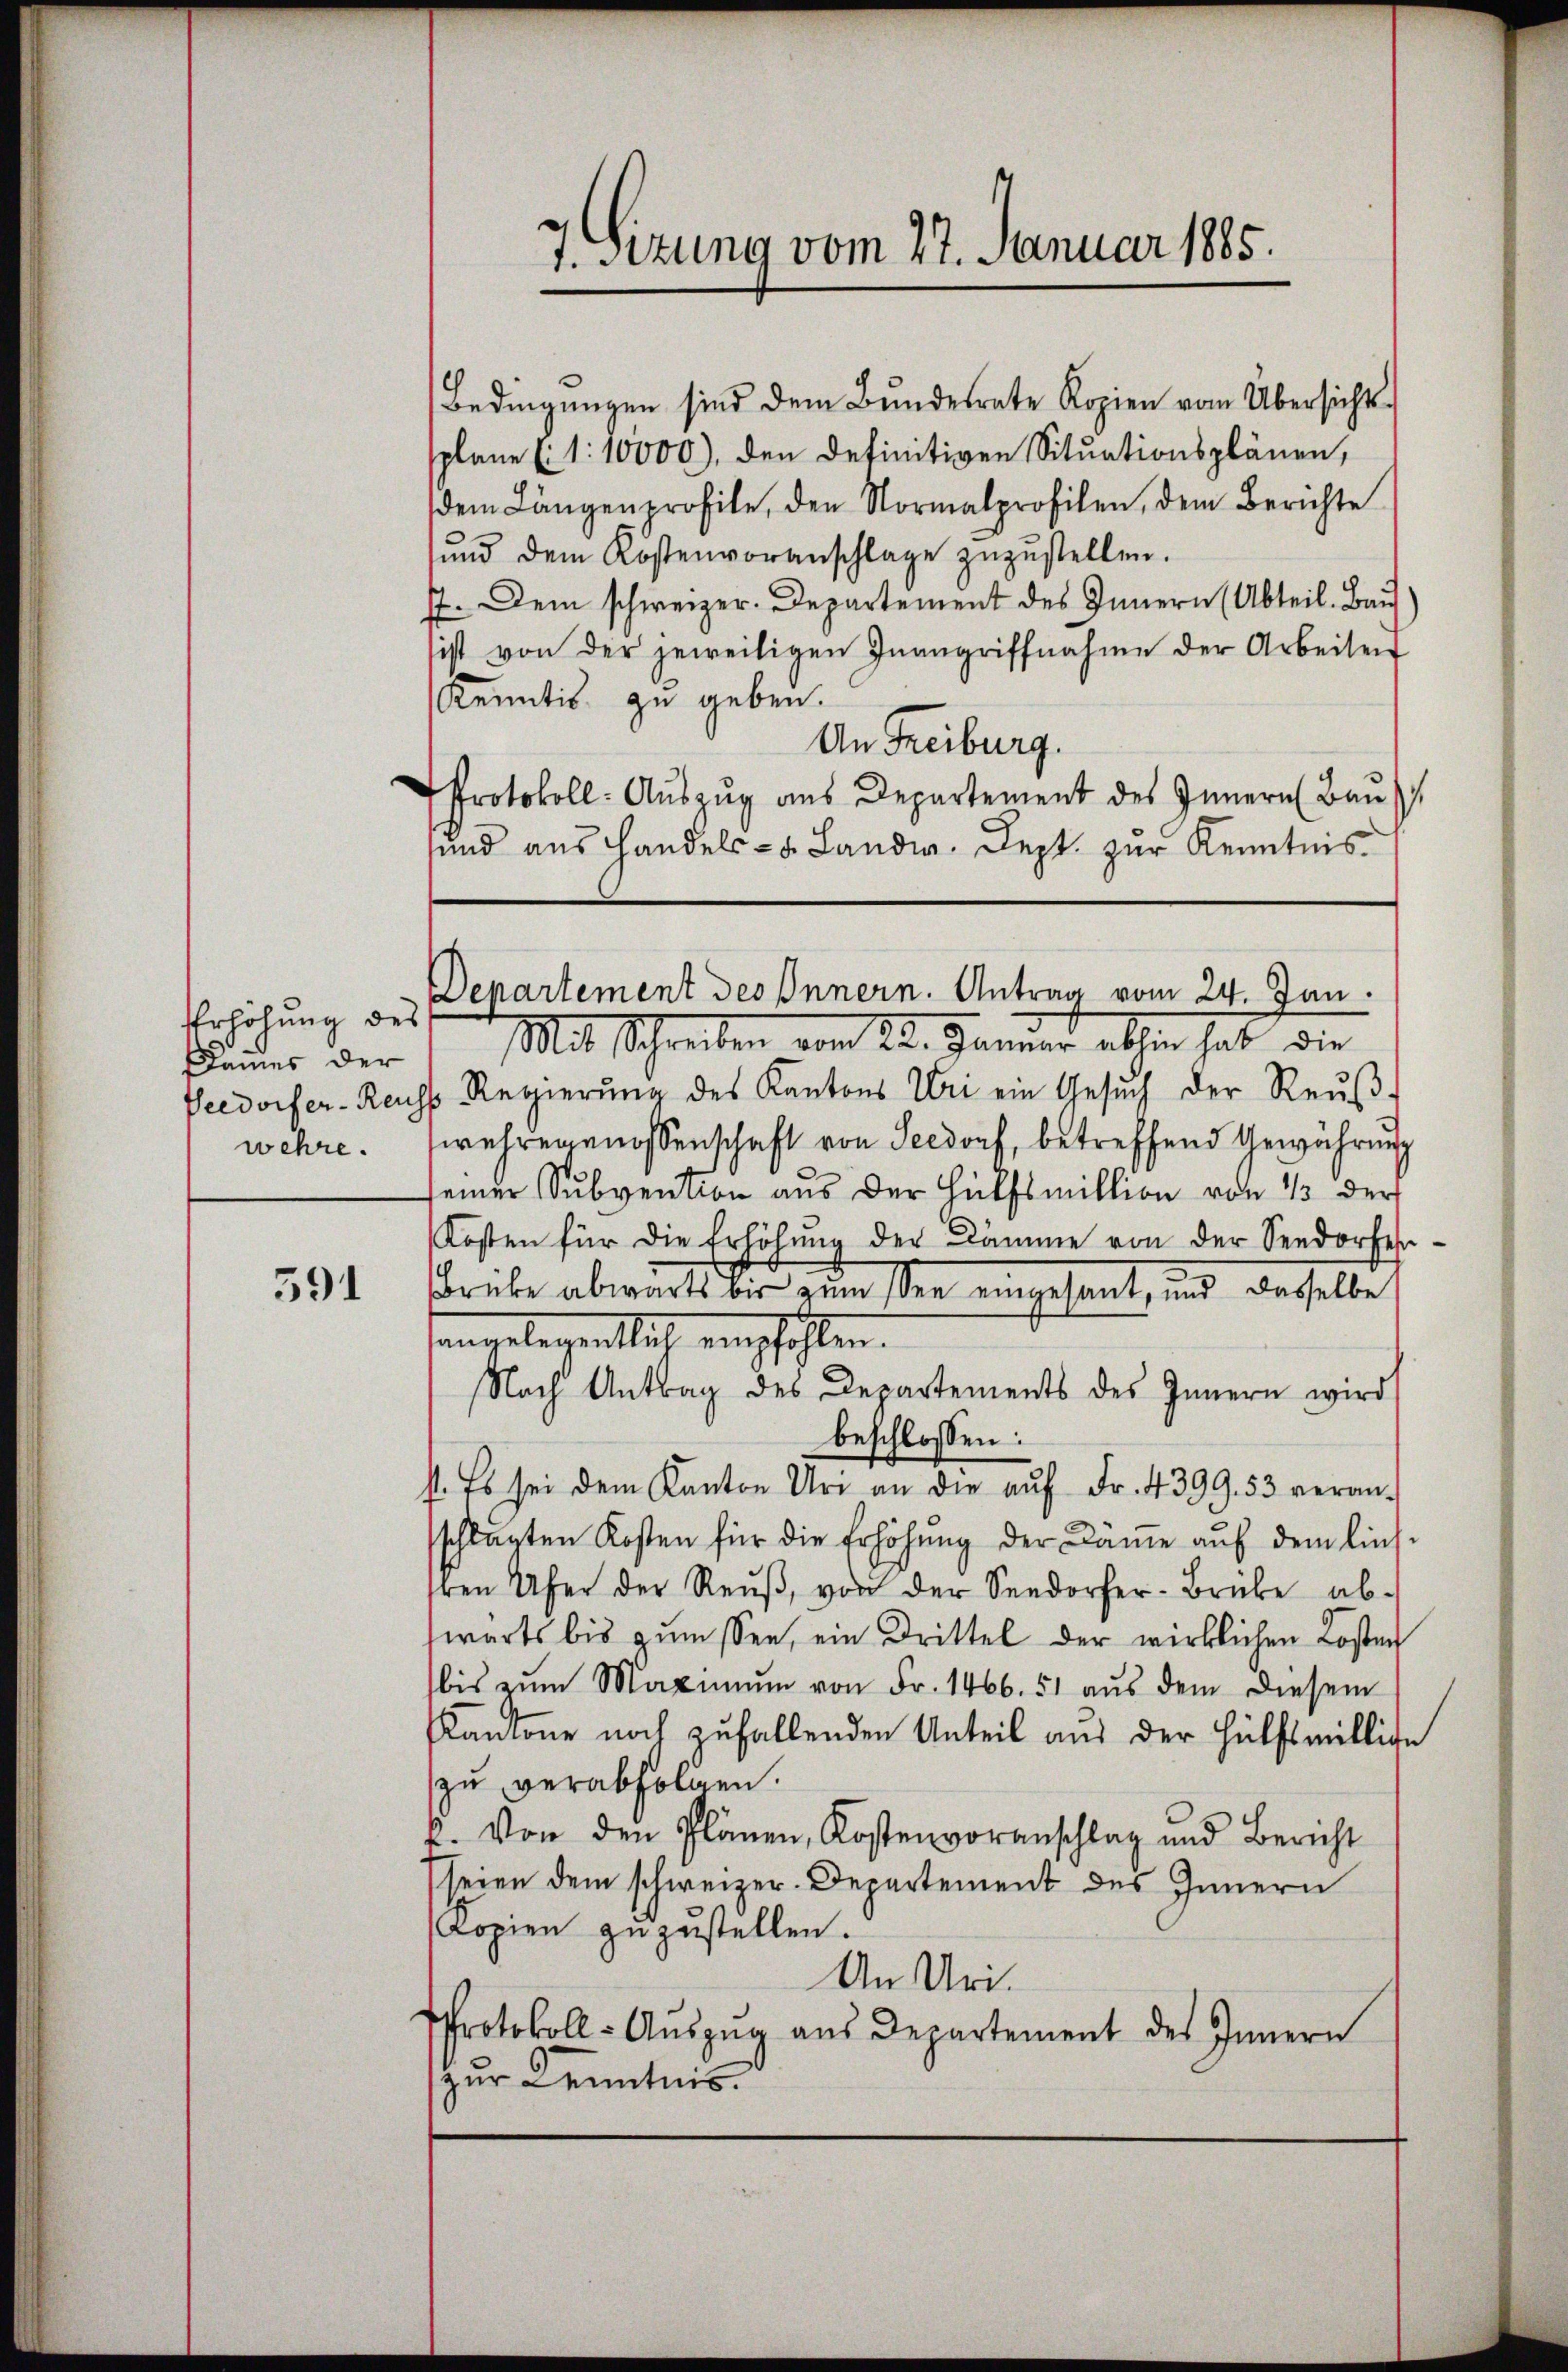
Erhöhung des
kammes der
wehre.

391

Bedingungen sind dem Bundesrate Kopien vom Übersichts-
splane (1:10000), den definitiven Situationsplänen,
dem Längenprofile, den Normalprofilen, dem Berichte
und dem Kostenvoranschlage zuzustellen.
77. Dem schweizer. Departement des Innern (Abteil. Bau
sist von der jeweiligen Inangriffnahme der Arbeiten
Kenntis zu geben.
An Freiburg.
Protokoll: Aŭszŭg aŭs Departement des Innern Baŭ
sund aus Handels- u. Landw. Sept. zŭr Kenntnis.

7. Sizung vom 27. Januar 1885.

Departement des Innern. Antrag vom 24. Jan.

Mit Schreiben vom 22. Januar abhin hat die
Peedorfer- Reuss Regierŭng des Kantons Uri ein Gesŭch der Reŭβ-
wehrengenossenschaft von Seedorf, betreffend Gewährung
seiner Subvention aus der Hülfsmillion von 1/3 der
Kosten für die Erhöhŭng der Dämme von der Seedorfer-
Brüke abwärts bis zum See eingesant, und dasselbe
langelegentlich empfohlen.
Nach Antrag des Departements des Innern wird
beschlossen:
st. Es sei dem Kanton Uri an die aŭf Fr. 4399. 53 veran-
sschlagten Kosten für die Erhöhung der Dämme auf dem lies-
ren Ufer der Reŭβ, von der Seedorfer-Brücke ab-
swarts bis zŭmssen, ein Drittel der wirklichen Kosten
bis zŭm Maximŭm von Fr. 1466. 51 aŭs dem diesem
Kantone noch zufallenden Unteil aus der Hülfsmillige
zu verabfolgen.
k. Von den Plänen, Kostenvoranschlag und Bericht
seien dem schweizer-Departement des Innern
Kopien zŭzŭstellen.
An Uri.
Protokoll-Aŭszŭg aŭs Departement des Innern
zur Kenntnis